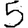
Digit: 5